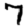
Digit: 7